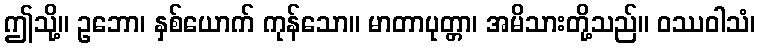
ဤသို့။ ဥဘော၊ နှစ်ယောက် ကုန်သော။ မာတာပုတ္တာ၊ အမိသားတို့သည်။ ဝဿဝါသံ၊